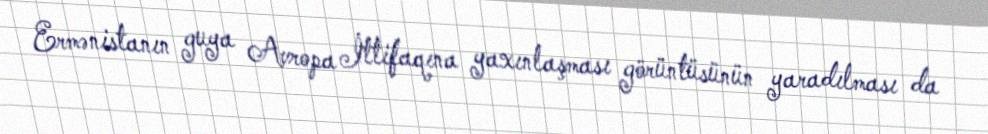
Ermənistanın guya Avropa İttifaqına yaxınlaşması görüntüsünün yaradılması da